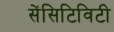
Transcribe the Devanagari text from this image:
सेंसिटिविटी